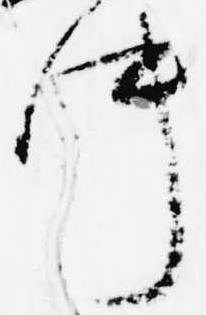
件